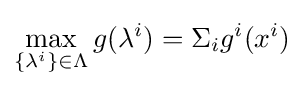
\max _{\{\lambda ^{i}\}\in \Lambda }g({\lambda ^{i}})=\Sigma _{i}g^{i}(x^{i})